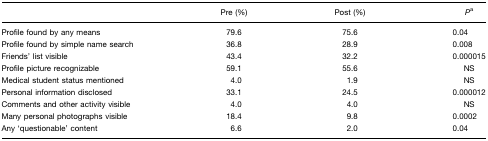
<table><thead><tr><td></td><td><b>Pre (%)</b></td><td><b>Post (%)</b></td><td><b><i>P</i>a</b></td></tr></thead><tbody><tr><td>Profile found by any means</td><td>79.6</td><td>75.6</td><td>0.04</td></tr><tr><td>Profile found by simple name search</td><td>36.8</td><td>28.9</td><td>0.008</td></tr><tr><td>Friends’ list visible</td><td>43.4</td><td>32.2</td><td>0.000015</td></tr><tr><td>Profile picture recognizable</td><td>59.1</td><td>55.6</td><td>NS</td></tr><tr><td>Medical student status mentioned</td><td>4.0</td><td>1.9</td><td>NS</td></tr><tr><td>Personal information disclosed</td><td>33.1</td><td>24.5</td><td>0.000012</td></tr><tr><td>Comments and other activity visible</td><td>4.0</td><td>4.0</td><td>NS</td></tr><tr><td>Many personal photographs visible</td><td>18.4</td><td>9.8</td><td>0.0002</td></tr><tr><td>Any ‘questionable’ content</td><td>6.6</td><td>2.0</td><td>0.04</td></tr></tbody></table>